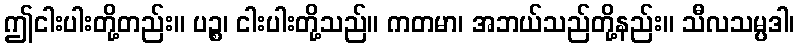
ဤငါးပါးတို့တည်း။ ပဉ္စ၊ ငါးပါးတို့သည်။ ကတမာ၊ အဘယ်သည်တို့နည်း။ သီလသမ္ပဒါ၊